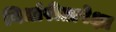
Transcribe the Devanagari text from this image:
निर्धारीतापेक्षा